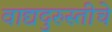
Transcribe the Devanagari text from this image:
वाद्यदुरुस्तीचे